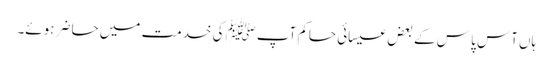
ہاں آس پا س کے بعض عیسائی حاکم آپ ﷺکی خدمت میں حاضر ہوئے۔